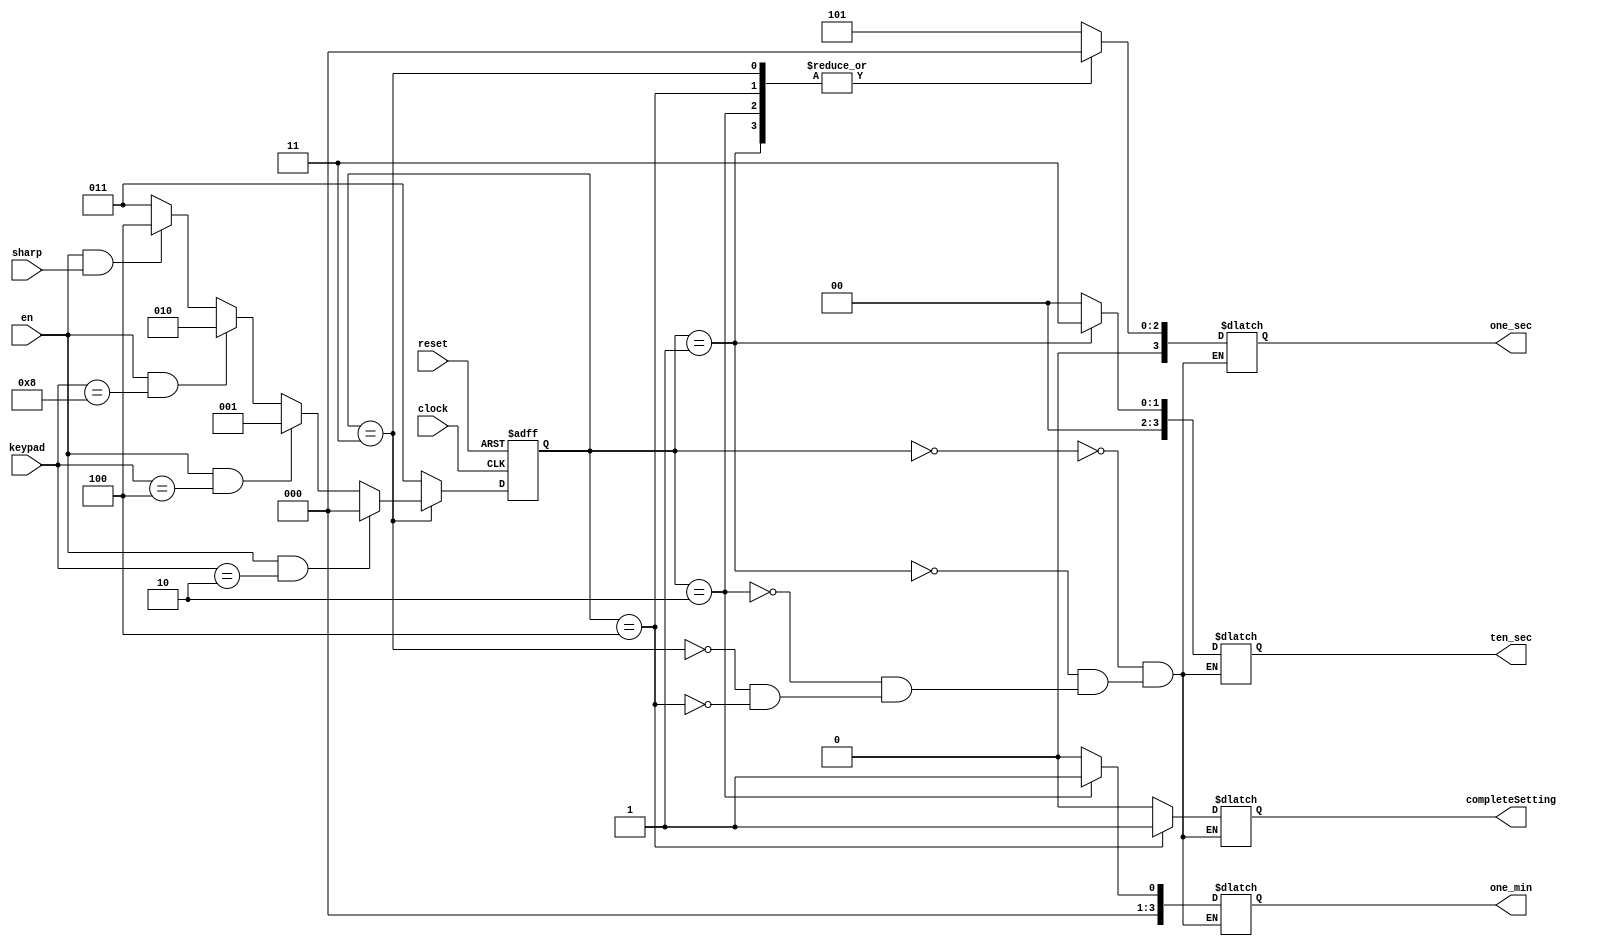
module select_keypad(reset, clock, en, sharp, keypad, one_sec, ten_sec, one_min, completeSetting);
  input reset;
  input clock;
  input en;
  input sharp;
  input [9:0] keypad;
  output [3:0] one_sec;
  output [3:0] ten_sec;
  output [3:0] one_min;
  output completeSetting;

  reg [3:0] one_sec;
  reg [3:0] ten_sec;
  reg [3:0] one_min;
  reg completeSetting;

  parameter [2:0] fiveSecond = 0, halfMinute = 1, oneMinute = 2, input_wait = 3, set_complete = 4;
  reg [2:0] current_state, next_state;

  always @(posedge clock or posedge reset)
  begin: SYNCH
    if (reset == 1'b1)
       current_state <= input_wait;
    else
       current_state <= next_state;
  end

  always @(current_state or en or sharp or keypad)
  begin: COMBIN
     case (current_state)
        fiveSecond:
        begin
             next_state <= input_wait;
          one_sec <= 4'b0101;
          completeSetting <= 1'b0;
          ten_sec <= 4'b0000;
          one_min <= 4'b0000;

        end

        halfMinute:
        begin
             next_state <= input_wait;
          ten_sec <= 4'b0011;
          completeSetting <= 1'b0;
          one_sec <= 4'b0000;
          one_min <= 4'b0000;

        end

        oneMinute:
        begin
             next_state <= input_wait;
          one_min <= 4'b0001;
          completeSetting <= 1'b0;
          one_sec <= 4'b0000;
          ten_sec <= 4'b0000;

        end

        input_wait:
        begin
          if (en == 1'b1 && keypad == 10'b0000000010)
             begin
             next_state <= fiveSecond;
             end
          else if (en == 1'b1 && keypad == 10'b0000000100)
             begin
             next_state <= halfMinute;
             end
          else if (en == 1'b1 && keypad == 10'b0000001000)
             begin
             next_state <= oneMinute;
             end
          else if (en == 1'b1 && sharp == 1'b1)
             begin
             next_state <= set_complete;
             end
          else if (en == 1'b0)
             begin
             next_state <= input_wait;
             end
          else
             begin
             next_state <= input_wait;
             end
          completeSetting <= 1'b0;
          one_sec <= 4'b0000;
          ten_sec <= 4'b0000;
          one_min <= 4'b0000;

        end

        set_complete:
        begin
             next_state <= input_wait;
          completeSetting <= 1'b1;
          one_sec <= 4'b0000;
          ten_sec <= 4'b0000;
          one_min <= 4'b0000;

        end


        default:
          next_state <= input_wait;
     endcase
  end

endmodule